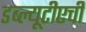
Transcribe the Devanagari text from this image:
डब्ल्यूटीएची